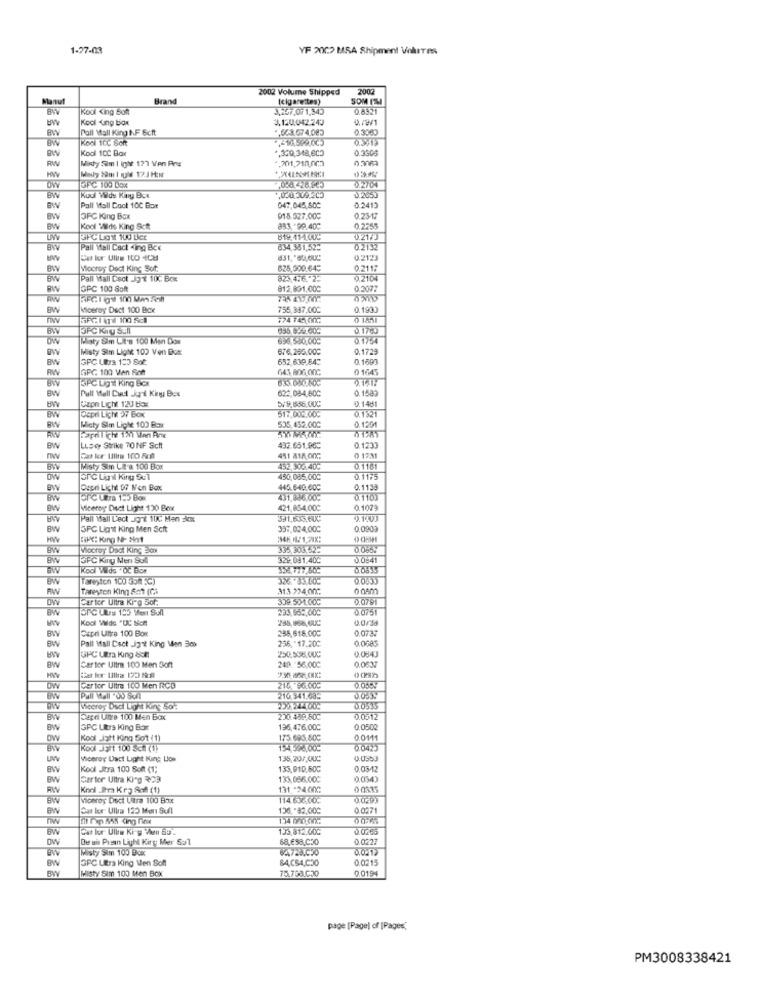
1-27-03
YF 2002 MSA Shipment Volutes
2002 Volume Shipped
2007
Manut
Brand
[cigarettes)
SOM IM
BWV
Kodi King Soft
3,247,07 1,345
0.8321
Kool Ang box
3,120.042.243
D./9/1
Pall Mall King NF &cft
043.07 4.083
0.3360
Kool 100 Soft
Kool 10℃ Box
.320,318,600
0.3305
Misty Sim I ight 177 Ven Png
.201.710,002
HW
OW
GPC 100 DOx
BW
Kudi Wus Kany Box
Pall Mall Cook 100 Bor
047,045,500
0.2413
OFC King Box
015.527.000
0.2347
Kool "Milds King Scit
883 -99.40℃
0.2255
0.21/J
BWV
Pall Weil Cact King Bce
834,381,522
0.2132
Cet bor Ullne ICO 4C8
831,"65.000
0.2123
BW
Mocroy Doct King Sof.
625,500.649
0.2117
BW
Pall Mall Dect J3't 10℃ Box
823.4.6. 25
0.2104
RW
GPC 100 Soft
812,801.000
0,2077
AW
BW
Micerey Dect 100 Box
755,387.00℃
0.1991
0 1851
BWV
3PC Kry STI
3.1700
Misty Sim Li's 100 Men Dox
0.1754
Misty Sim Ligt 102 Ven Dux
676,255,000
0.1729
BW
GPC LIOra 100 Sot:
652,639.84℃
0.1890
RW
GPC 100 Ven Roh
643.806.000
0 1645
BW
SPC Ugt King Box
Pull Wall Duct Jant Kiny Box
622,08-4,600
0.1582
BW
0.1481
BW
Capn Licht 120 box
b/9,636.000
517.000.000
0.1321
Depri Lich 37 Box
0.1201
BW
Micty Sim Lipke 100 Box
535,452.00℃
BW
LLScy Strike 70 NF Scft
432.651.962
0.1233
451 818 00G
0 173
BWV
Misty Sim CI-a 100 Box
452, 506.40℃
0.1181
DW
450,085,00℃
0.1175
Depri Licht 07 N'en Box
445,6-40.000
0.1138
BW
431,886.00℃
01101
BW
Viceroy Duct Light 120 Box
421,854.000
0.1079
Pall Mall Lect JO't 100 Men kw
391.633.6UC
0.140J
BW
SFC Lignit King Men Scft
337.024,000
0.0909
HW
SHE: King Nr- Not
BW
Wocray Dadt King Box
335 308.52:
0.065
BW
GPC Kiny Mer Sul
322,081.400
0.0841
Kod Wids " Oc Box
BW
raresten 100 358 5℃)
AW
Tareyten King &m1 (Ca)
313 234,00℃
car kor Ultra Kirg Sof:
309.501.000
0.0791
BW
293,95 :, 000
0.0751
Kool Wids "UC Nicht
0.0/sa
BWV
Capri Ultra 100 Box
255,618.00℃
0.0737
Pall Mall Csct .J3't King Men 30k
256."17.200
0.0685
0.084
GFC UBra King 85M
249. 56,00℃
BW
Cartor Ultra 100 Men Sof
0.0637
det lor Ultra 122 89:
OW
Ger tor Ultra 100 Men RCD
216 36.00℃
BW
216.341.685
00834
Wecroy Duct Light King Sont
BW
Capri Umre 100 Men Box
200.489.60℃
0.0317
BW
GPC Ultra King Barr
136,476.00℃
0.0502
DW
Kool Jott King 501 (1)
175.693,800
0.0111
Bw
Kodi 35Ft 100 Scal (1)
154398.00:
0.04%
Viceroy Dact Light King Llos
135,20/,OUC
0.0353
BWV
Kool Jtra 100 Soft (1)
135,910.50G
0.05/12
BW
Cartor Ultra King RC3
133,056.000
0.034
RW
131 -24.000
0 0335
BWV
Viceroy Disci Ultra 100 Box
114 63600
0.0293
BWV
Car box Ulla 125 Men Sufl
0.0271
BW
Gat lor Ulls Ki g When 55.
133.812.00G
3.0000
DW
De ais Presen Light Kiry Mer Sul
68.6$8,030
0.0227
Misty Sim 100 Box
WW
SFC Ura King Men Son
84.CS4,050
0.0215
BW
BWV
75.768.C.30
0.0194
Misty Sim 100 Men BOX
page [Page) of [Pages,
PM3008338421